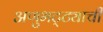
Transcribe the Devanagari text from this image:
अणुभट्ट्याची